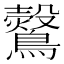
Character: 𪇂